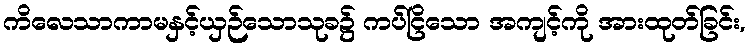
ကိလေသာကာမနှင့်ယှဉ်သောသုခ၌ ကပ်ငြိသော အကျင့်ကို အားထုတ်ခြင်း,